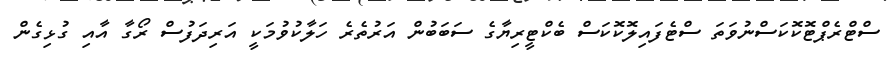
ސްޓްރެޕްޓޮކޮކަސްނުވަތަ ސްޓެފައިލޮކޮކަސް ބެކްޓީރިޔާގެ ސަބަބުން އަރުތެރެ ހަލާކުވުމަކީ އަރިދަފުސް ރޯގާ އާއި ގުޅިގެން